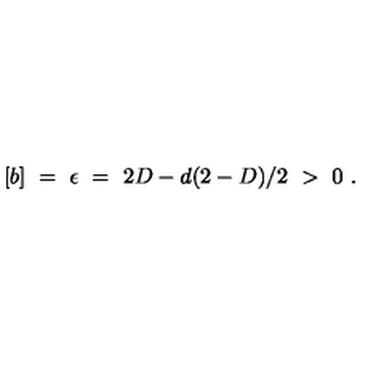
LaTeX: [ b ] \ = \ \epsilon \ = \ 2 D - d ( 2 - D ) / 2 \ > \ 0 \ .